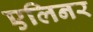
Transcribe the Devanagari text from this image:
एलिनर